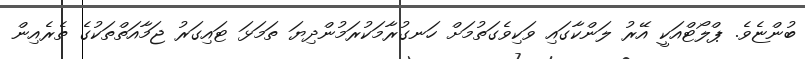
ބުންޏެވެ. ޕްލޯޓްއަކީ އޭރު ލަންކާގައި ވަކިވެގަތުމަށް ހަނގުރާމަކުރަމުންދިޔަ ތަމަޅަ ޓައިގަރު ޖަމާއަތްތަކުގެ ތެރެއިން